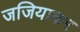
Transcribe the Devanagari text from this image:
जजियाकर